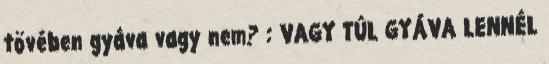
tövében gyáva vagy nem? : VAGY TÚL GYÁVA LENNÉL